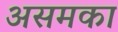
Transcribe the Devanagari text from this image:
असमका